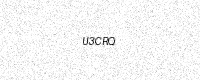
Text: U3CRQ